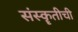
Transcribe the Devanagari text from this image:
संस्कॄतीची